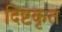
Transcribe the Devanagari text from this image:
दिष्टकृत